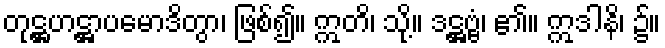
တုဋ္ဌဟဋ္ဌာပမောဒိတွာ၊ ဖြစ်၍။ ဣတိ၊ သို့။ ဒဋ္ဌဗ္ဗံ၊ ၏။ ဣဒါနိ၊ ၌။